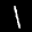
Label: 1